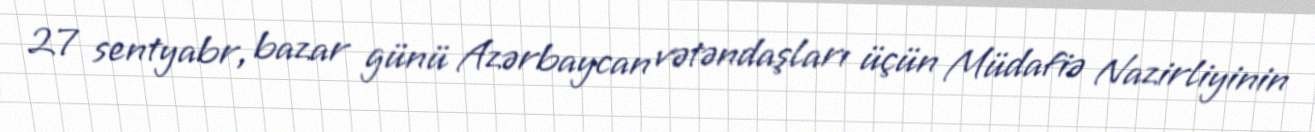
27 sentyabr, bazar günü Azərbaycan vətəndaşları üçün Müdafiə Nazirliyinin